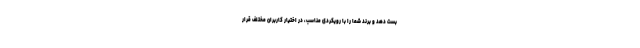
بست دهد و برند شما را با رویکردی مناسب، در اختیار کاربران مختلف قرار